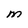
Character: M